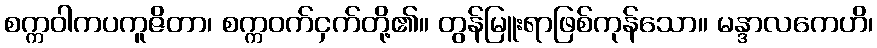
စက္ကဝါကပကူဇိတာ၊ စက္ကဝက်ငှက်တို့၏။ တွန်မြူးရာဖြစ်ကုန်သော။ မန္ဒာလကေဟိ၊